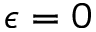
\epsilon = 0